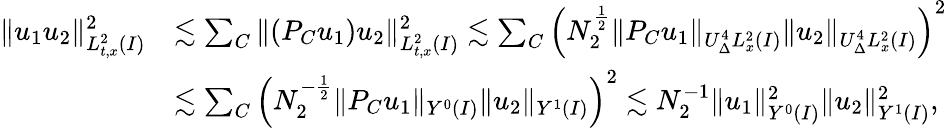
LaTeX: \begin{array}{rl}{\| u_{1}u_{2}\| _{L_{t,x}^{2}(I)}^{2}}&{\lesssim\sum_{C}\| (P_{C}u_{1})u_{2}\| _{L_{t,x}^{2}(I)}^{2}\lesssim\sum_{C}\left(N_{2}^{\frac{1}{2}}\| P_{C}u_{1}\| _{U_{\Delta}^{4}L_{x}^{2}(I)}\| u_{2}\| _{U_{\Delta}^{4}L_{x}^{2}(I)}\right)^{2}}\\ &{\lesssim\sum_{C}\left(N_{2}^{-\frac{1}{2}}\| P_{C}u_{1}\| _{Y^{0}(I)}\| u_{2}\| _{Y^{1}(I)}\right)^{2}\lesssim N_{2}^{-1}\| u_{1}\| _{Y^{0}(I)}^{2}\| u_{2}\| _{Y^{1}(I)}^{2},}\end{array}